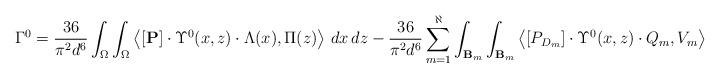
LaTeX: \begin{align*}\Gamma^0=\frac{36}{\pi^2 d^6}\int_{\Omega}\int_{\Omega}\left\langle[\mathbf{P}]\cdot\Upsilon^0(x, z)\cdot \Lambda(x), \Pi(z)\right\rangle\,dx\,dz-\frac{36}{\pi^2 d^6}\sum_{m=1}^{\aleph}\int_{\mathbf{B}_m}\int_{\mathbf{B}_m}\left\langle[P_{D_m}]\cdot\Upsilon^0(x, z)\cdot Q_m, V_m\right\rangle\,dx\,dz,\end{align*}